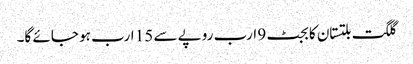
گلگت بلتستان کا بجٹ 9 ارب روپے سے 15 ارب ہو جائے گا۔